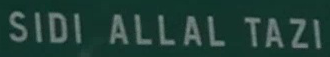
SIDI ALLAL TAZI